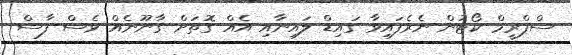
ސްޕްރީމް ކޯޓުން ނެރެފައިވާ ގައިޑް ލައިނާއި އެއް ގޮތަށް ގާނޫނެއް ވެސް ފާސް